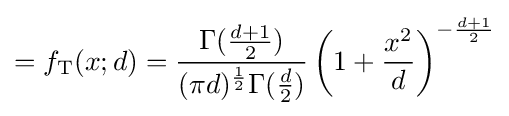
=f_{\text{T}}(x;d)={\frac {\Gamma ({\frac {d+1}{2}})}{(\pi d)^{\frac {1}{2}}\Gamma ({\frac {d}{2}})}}\left(1+{\frac {x^{2}}{d}}\right)^{-{\frac {d+1}{2}}}